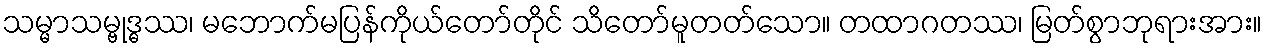
သမ္မာသမ္ဗုဒ္ဓဿ၊ မဘောက်မပြန်ကိုယ်တော်တိုင် သိတော်မူတတ်သော။ တထာဂတဿ၊ မြတ်စွာဘုရားအား။